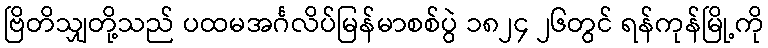
ဗြိတိသျှတို့သည် ပထမအင်္ဂလိပ်မြန်မာစစ်ပွဲ ၁၈၂၄ ၂၆တွင် ရန်ကုန်မြို့ကို